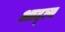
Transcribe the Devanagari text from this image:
आद्त्य